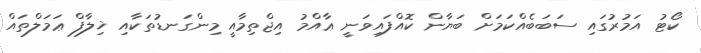
ކޯޓު އަމުރުގައި ސަބަބެއްކަމަށް ބަޔާން ކޮއްފައިވަނީ ޢާއްމު އިޖްތިމާއީ މިންގަނޑުތަކާއި ޚިލާފް ޢަމަލްތައް